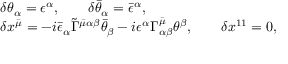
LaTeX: \begin{array} { l } { { \delta \theta _ { \alpha } = \epsilon ^ { \alpha } , \qquad \delta \bar { \theta } _ { \alpha } = \bar { \epsilon } ^ { \alpha } , } } \\ { { \delta x ^ { \bar { \mu } } = - i \bar { \epsilon } _ { \alpha } \tilde { \Gamma } ^ { \bar { \mu } \alpha \beta } \bar { \theta } _ { \beta } - i \epsilon ^ { \alpha } \Gamma _ { \alpha \beta } ^ { \bar { \mu } } \theta ^ { \beta } , \qquad \delta x ^ { 1 1 } = 0 , } } \end{array}